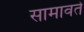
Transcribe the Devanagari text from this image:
सामावते